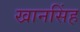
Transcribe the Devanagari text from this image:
खानसिंह